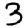
Digit: 3